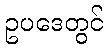
ဥပဒေတွင်